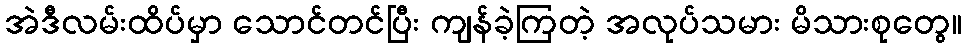
အဲဒီလမ်းထိပ်မှာ သောင်တင်ပြီး ကျန်ခဲ့ကြတဲ့ အလုပ်သမား မိသားစုတွေ။